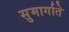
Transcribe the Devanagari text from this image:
सुमार्गाते